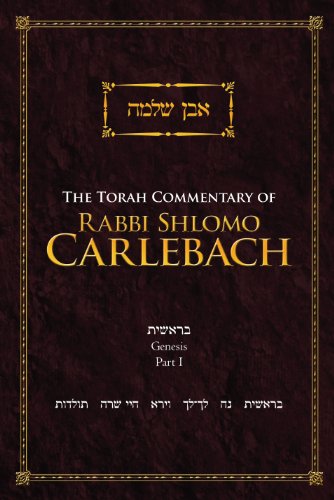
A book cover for The Torah Commentary of Rabbi Shlomo Carlebach: Genesis, Part I; Rabbi Shlomo Carlebach; Religion & Spirituality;